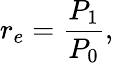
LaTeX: r_{e}={\frac{P_{1}}{P_{0}}},